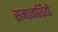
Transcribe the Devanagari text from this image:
समानार्थियों